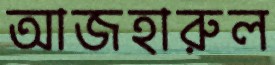
আজহারুল